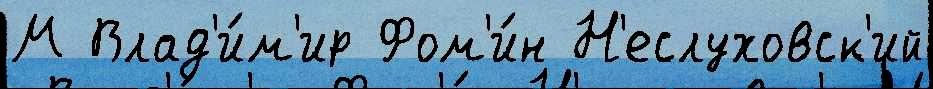
М Влад'и́м'ир Фом'и́н Н'еслуховск'ий